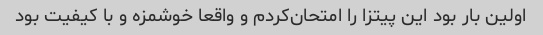
اولین بار بود این پیتزا را امتحان‌کردم و واقعا خوشمزه و با کیفیت بود